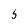
Character: 5